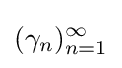
(\gamma _{n})_{n=1}^{\infty }